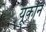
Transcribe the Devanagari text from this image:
यूकौन